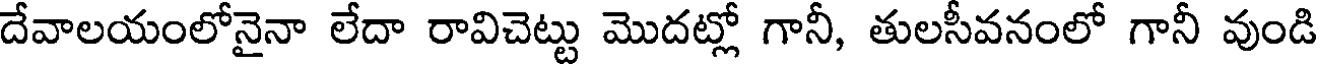
దేవాలయంలోనైనా లేదా రావిచెట్టు మొదట్లో గానీ, తులసీవనంలో గానీ వుండి